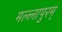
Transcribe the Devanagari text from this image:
मल्लापुरम्